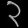
Digit: ၃